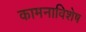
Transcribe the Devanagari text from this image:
कामनाविशेष